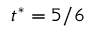
t ^ { * } = 5 / 6